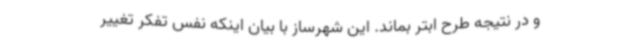
و در نتیجه طرح ابتر بماند. این شهرساز با بیان اینکه نفس تفکر تغییر